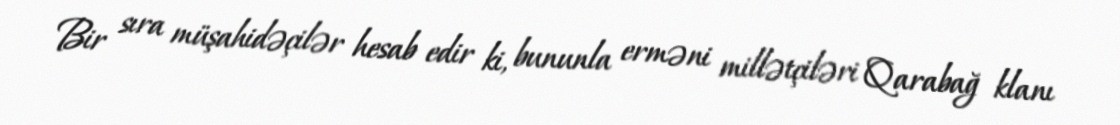
Bir sıra müşahidəçilər hesab edir ki, bununla erməni millətçiləri Qarabağ klanı